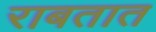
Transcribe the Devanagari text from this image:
राबतात